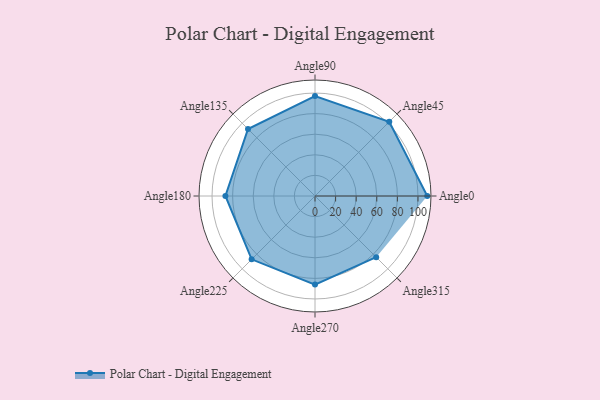
{"axis": {"x": "Angle", "y": "Radius"}, "legend": [""], "data": [{"x": "Angle0", "y": 109.0, "type": ""}, {"x": "Angle45", "y": 102.0, "type": ""}, {"x": "Angle90", "y": 97.0, "type": ""}, {"x": "Angle135", "y": 92.0, "type": ""}, {"x": "Angle180", "y": 87.0, "type": ""}, {"x": "Angle225", "y": 87.0, "type": ""}, {"x": "Angle270", "y": 86.0, "type": ""}, {"x": "Angle315", "y": 84.0, "type": ""}]}